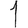
Digit: 1